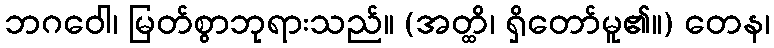
ဘဂဝေါ၊ မြတ်စွာဘုရားသည်။ (အတ္ထိ၊ ရှိတော်မူ၏။) တေန၊